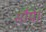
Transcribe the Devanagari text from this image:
सौंपे।